Document type: Sale
Year: 1499
Scribe: Joan Martínez de Sòria
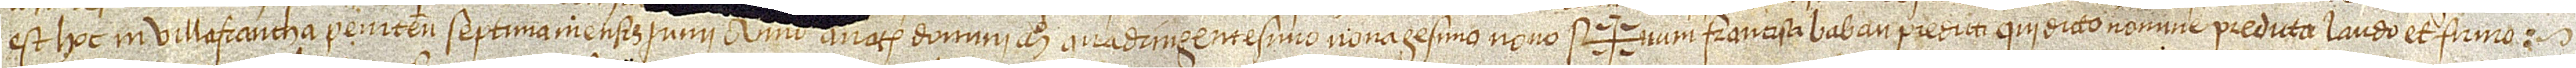
est hoc in Villafrancha Penitensis septina mensis iunii, anno a Nativitate Domini Mº quadringentesimo nonagesimo nono. Sig+num Francisci Babau predictim qui dicto nomine predicta laudo et firmo.